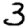
Digit: 3